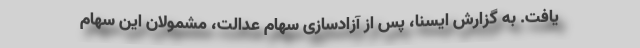
یافت. به گزارش ایسنا، پس از آزادسازی سهام عدالت، مشمولان این سهام